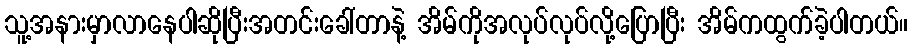
သူ့အနားမှာလာနေပါဆိုပြီးအတင်းခေါ်တာနဲ့ အိမ်ကိုအလုပ်လုပ်လို့ပြောပြီး အိမ်ကထွက်ခဲ့ပါတယ်။